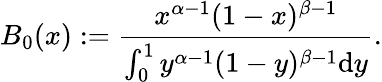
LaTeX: B_{0}(x):=\frac{x^{\alpha-1}(1-x)^{\beta-1}}{\int_{0}^{1}y^{\alpha-1}(1-y)^{\beta-1}{\mathrm{d}}y}.